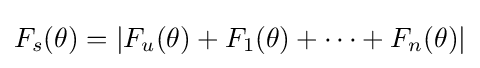
F_{s}(\theta )=\vert F_{u}(\theta )+F_{1}(\theta )+\cdots +F_{n}(\theta )\vert